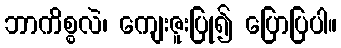
ဘာကိစ္စလဲ၊ ကျေးဇူးပြု၍ ပြောပြပါ။